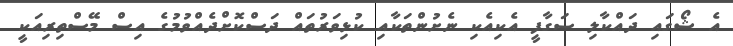
އެ ޝޯގައި ދައްކާލި ސަގާފީ އެކިއެކި ނެށުންތަކާއި ކުޅިވަރުތައް ދަސްކޮށްދެއްވުމުގެ އިސް މޭސްތިރިއަކީ